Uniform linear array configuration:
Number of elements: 48
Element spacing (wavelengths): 0.25
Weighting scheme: exponential
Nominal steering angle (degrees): -60
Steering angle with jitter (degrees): -58.294
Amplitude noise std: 0.05
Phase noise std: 0.05

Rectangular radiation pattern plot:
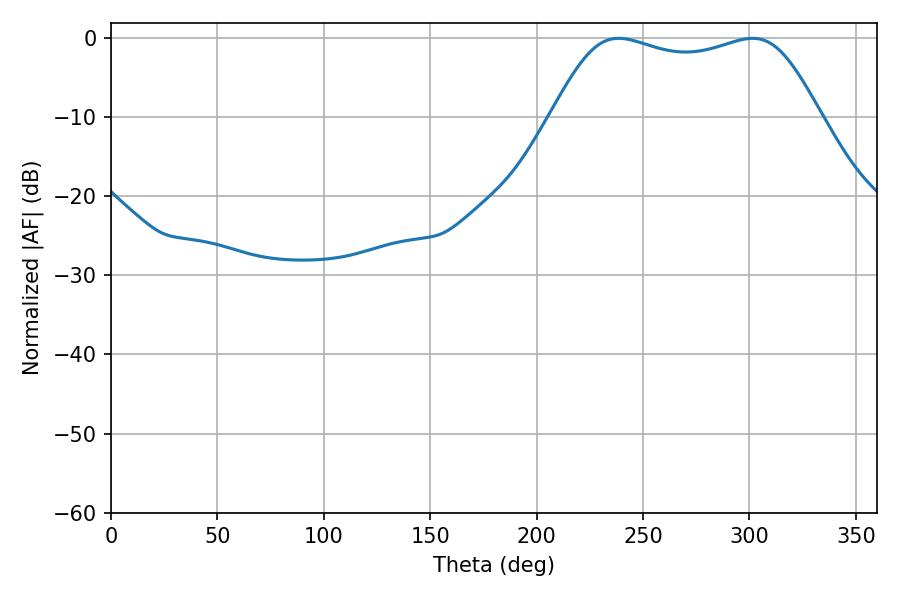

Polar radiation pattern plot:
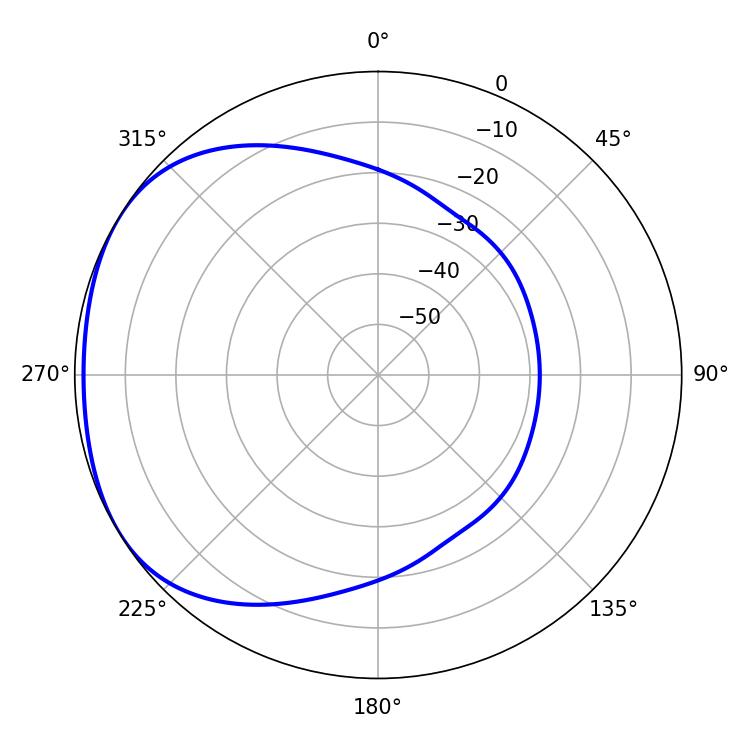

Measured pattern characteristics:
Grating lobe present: FALSE
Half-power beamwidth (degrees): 97.92
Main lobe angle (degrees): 238.5